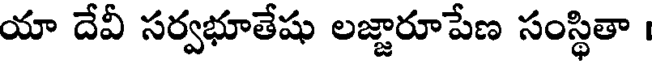
యా దేవీ సర్వభూతేషు లజ్ఞారూపేణ సంస్థితా